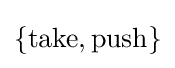
\{\mathrm {take} ,\mathrm {push} \}